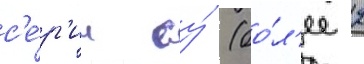
с'е́р'ии су́ (бо́л'ее 2